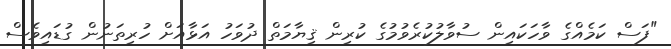
"ފަސް ކަމެއްގެ ވާހަކައިން ސުވާލުކުރެވުމުގެ ކުރިން ޤިޔާމަތް ދުވަހު އަޅާއަށް ހުރިތަނުން ގުޑައިވެސް